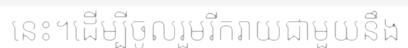
នេះ។ដើម្បីចូលរួមរីករាយជាមួយនឹង